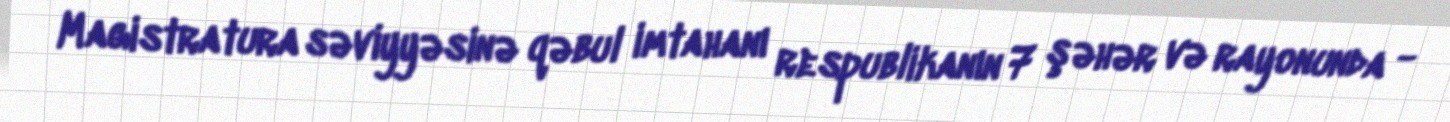
Magistratura səviyyəsinə qəbul imtahanı respublikanın 7 şəhər və rayonunda -